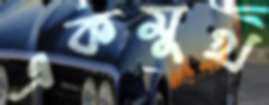
একমুখ